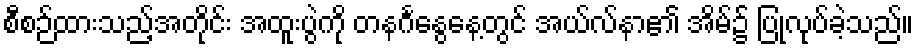
စီစဉ်ထားသည့်အတိုင်း အထူးပွဲကို တနင်္ဂနွေနေ့တွင် အယ်လ်နာ၏ အိမ်၌ ပြုလုပ်ခဲ့သည်။